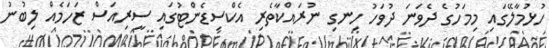
ހުޅުމާލޭގައި މިމަހުގެ ދެވަނަ ދުވަހު ހިނގި ނުރައްކާތެރި އެކްސިޑެންޓުގައި ސީރިއަސް ޒަހަމެއް ލިބުނު